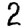
Digit: 2